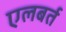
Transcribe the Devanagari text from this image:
एलबर्त